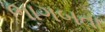
ભાગબતા